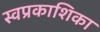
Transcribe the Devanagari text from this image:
स्वप्रकाशिका